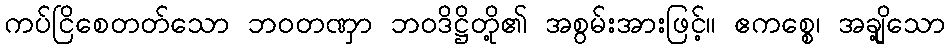
ကပ်ငြိစေတတ်သော ဘဝတဏှာ ဘဝဒိဋ္ဌိတို့၏ အစွမ်းအားဖြင့်။ ဧကစ္စေ၊ အချို့သော